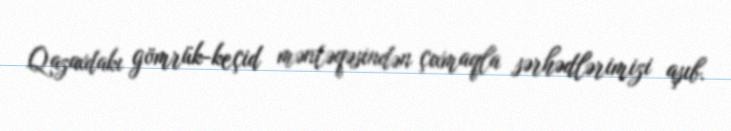
Qazaxdakı gömrük-keçid məntəqəsindən çıxmaqla sərhədlərimizi aşıb.